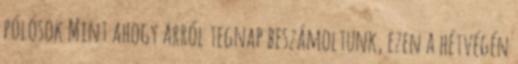
pólósok Mint ahogy arról tegnap beszámoltunk, ezen a hétvégén